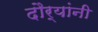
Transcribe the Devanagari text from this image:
दौर्‍यांनी